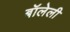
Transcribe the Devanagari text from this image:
बॉलेली